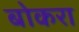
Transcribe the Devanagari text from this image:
बोकरा